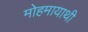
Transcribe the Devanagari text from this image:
मोहमायाथी